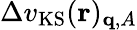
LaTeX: \Delta v_{\mathrm{KS}}(\mathbf{r})_{\mathbf{q},A}